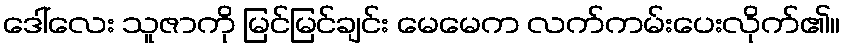
ဒေါ်လေး သူဇာကို မြင်မြင်ချင်း မေမေက လက်ကမ်းပေးလိုက်၏။